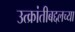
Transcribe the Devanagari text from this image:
उत्क्रांतीबद्दलच्या